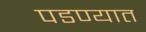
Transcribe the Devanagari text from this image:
पडण्यात